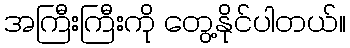
အကြီးကြီးကို တွေ့နိုင်ပါတယ်။